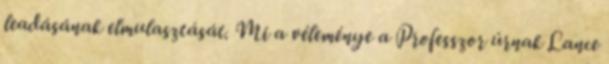
leadásának elmulasztását. Mi a véleménye a Professzor úrnak Lance